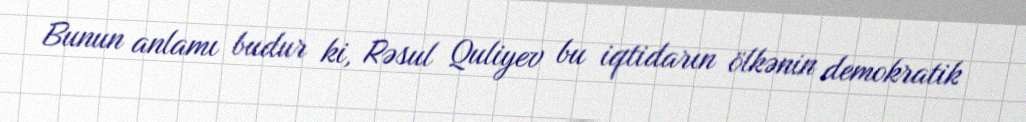
Bunun anlamı budur ki, Rəsul Quliyev bu iqtidarın ölkənin demokratik